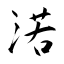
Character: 渃